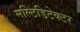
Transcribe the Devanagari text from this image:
मल्टिडिटेक्टर